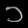
Digit: ၁